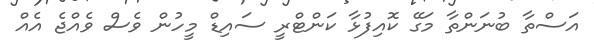
އަސްތާ ބުނަންތާ މަގޭ ކޮއިފުޅާ ކަންޓްރީ ސައިޑް މީހުން ވެސް ވެއްޖެ އެއް